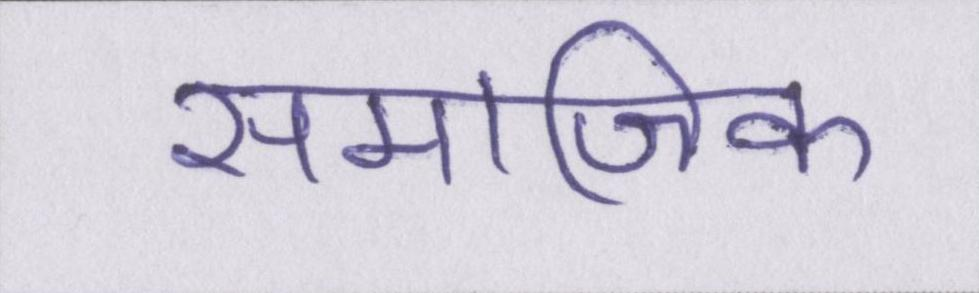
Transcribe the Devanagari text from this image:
समाजिक